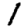
Digit: 1